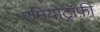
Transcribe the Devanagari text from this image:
एमियोट्रॉफ़ी